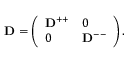
\mathbf { D } = \left( \begin{array} { l l } { \mathbf { D } ^ { + + } } & { 0 } \\ { 0 } & { \mathbf { D } ^ { -- } } \end{array} \right) .